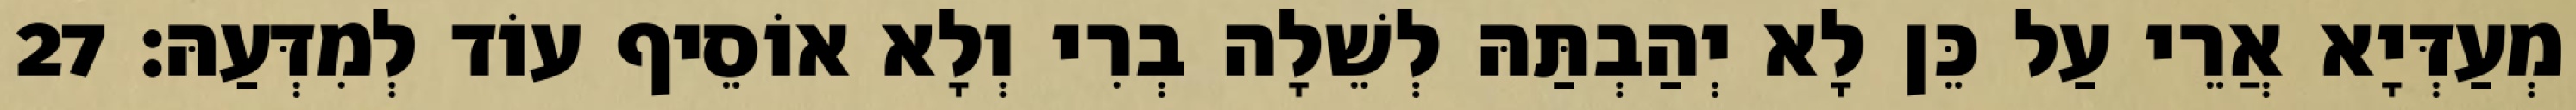
מְעַדְּיָא אֲרֵי עַל כֵּן לָא יְהַבְתַּהּ לְשֵׁלָה בְרִי וְלָא אוֹסֵיף עוֹד לְמִדְּעַהּ׃ 27